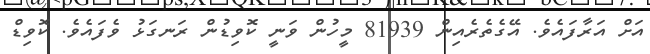
އަށް އަރާފައެވެ. އޭގެތެރެއިން 81939 މީހުން ވަނީ ކޮވިޑުން ރަނގަޅު ވެފައެވެ. ކޮވިޑް